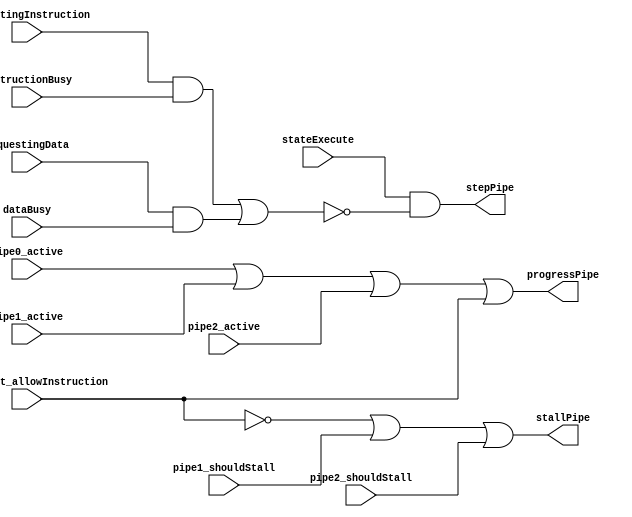
`default_nettype none

module FlowControl(
		// Management control
		input wire management_allowInstruction,
		input wire stateExecute,

		// Memory control
		input wire requestingInstruction,
		input wire instructionBusy,
		input wire requestingData,
		input wire dataBusy,

		// Pipe status
		input wire pipe0_active,
		input wire pipe1_active,
		input wire pipe2_active,
		input wire pipe1_shouldStall,
		input wire pipe2_shouldStall,

		// Pipe control output
		output wire stepPipe,
		output wire stallPipe,
		output wire progressPipe
	);

	wire fetchBusy = requestingInstruction && instructionBusy;
	wire loadStoreBusy = requestingData && dataBusy;
	wire stepBlocked = fetchBusy || loadStoreBusy;

	wire pipeActive = pipe0_active || pipe1_active || pipe2_active;

	assign stallPipe = !management_allowInstruction || pipe1_shouldStall || pipe2_shouldStall;
	assign stepPipe = stateExecute && !stepBlocked;
	assign progressPipe = pipeActive || management_allowInstruction;

endmodule